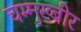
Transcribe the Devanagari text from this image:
चम्मुख्बीर